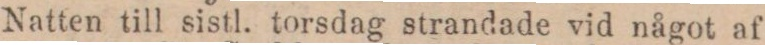
Natten till sistl. torsdag strandade vid något af